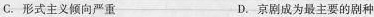
C.形式主义倾向严重 D.京剧成为最主要的剧种